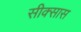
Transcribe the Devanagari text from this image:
सीक्सास